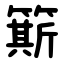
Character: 簛